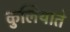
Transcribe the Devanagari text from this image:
कुलियाते